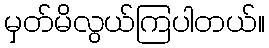
မှတ်မိလွယ်ကြပါတယ်။